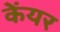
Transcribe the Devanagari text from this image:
केंयर